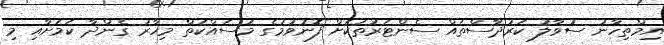
އިމްތިހާނު ސުވާލު ކަރުދާސްތައް ސެންޓަރުތަކަށް ފޮނުވުމުގެ މަސައްކަތް މިހާރު ގެންދާ ކަމަށާއި މި